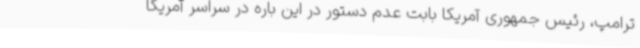
ترامپ، رئیس جمهوری آمریکا بابت عدم دستور در این باره در سراسر آمریکا